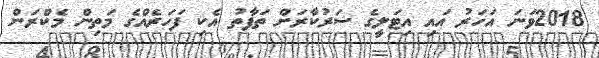
2018ވަނަ އަހަރު އައި އިޓަލީގެ ސަރުކާރަށް ތަފާތު އެކި ފަހަރެއްގެ މަތިން މެކްރަން